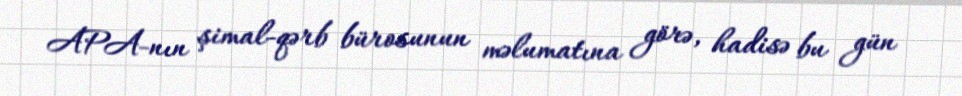
APA-nın şimal-qərb bürosunun məlumatına görə, hadisə bu gün